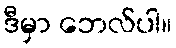
ဒီမှာ ဘေလ်ပါ။